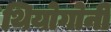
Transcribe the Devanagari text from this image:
थियोगोनी